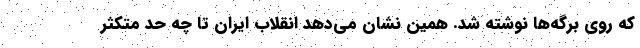
که روی برگه‌ها نوشته شد. همین نشان می‌دهد انقلاب ایران تا چه حد متکثر